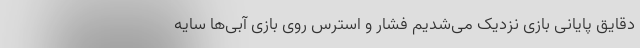
دقایق پایانی بازی نزدیک می‌شدیم فشار و استرس روی بازی آبی‌ها سایه